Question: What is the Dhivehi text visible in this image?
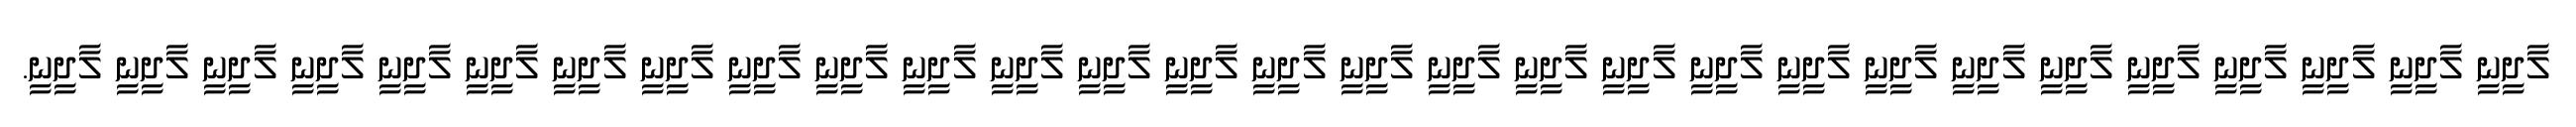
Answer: ލާދީނީ ލާދީނީ ލާދީނީ ލާދީނީ ލާދީނީ ލާދީނީ ލާދީނީ ލާދީނީ ލާދީނީ ލާދީނީ ލާދީނީ ލާދީނީ ލާދީނީ ލާދީނީ ލާދީނީ ލާދީނީ ލާދީނީ ލާދީނީ ލާދީނީ ލާދީނީ ލާދީނީ ލާދީނީ ލާދީނީ ލާދީނީ ލާދީނީ ލާދީނީ ލާދީނީ ލާދީނީ ލާދީނީ.